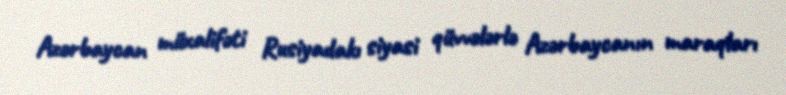
Azərbaycan müxalifəti Rusiyadakı siyasi qüvvələrlə Azərbaycanın maraqları